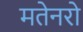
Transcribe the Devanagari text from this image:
मतेनरो